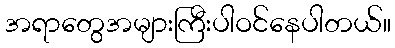
အရာတွေအများကြီးပါဝင်နေပါတယ်။